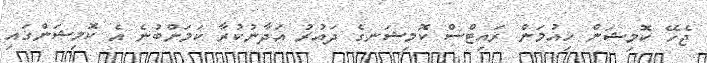
ޖެހޭ ކޮމިޝަން ހިއުމަން ރައިޓްސް ކޮމިޝަނގެ ދައުރު އަދާނުކުރާ ކަމަށްބުނެ އެ ކޮމިޝަންގައި